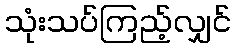
သုံးသပ်ကြည့်လျှင်